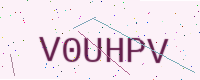
Text: V0UHPV